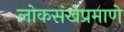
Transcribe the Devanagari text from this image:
लोकसंखेप्रमाणे